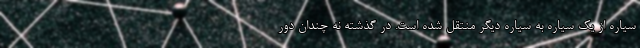
سیاره از یک سیاره به سیاره دیگر منتقل شده است. در گذشته نه چندان دور